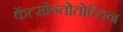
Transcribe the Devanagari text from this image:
केंत्सोन्तोतोच्तिन